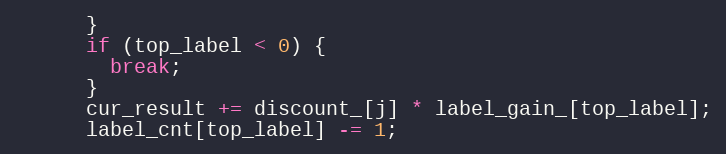
Language: C++
      }
      if (top_label < 0) {
        break;
      }
      cur_result += discount_[j] * label_gain_[top_label];
      label_cnt[top_label] -= 1;